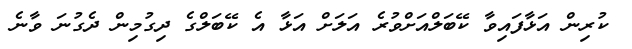
ކުރިން އަޅާފައިވާ ކޭބަލްއަށްވުރެ އަލަށް އަޅާ އެ ކޭބަލްގެ ދިގުމިން ދެގުނަ ވާނެ